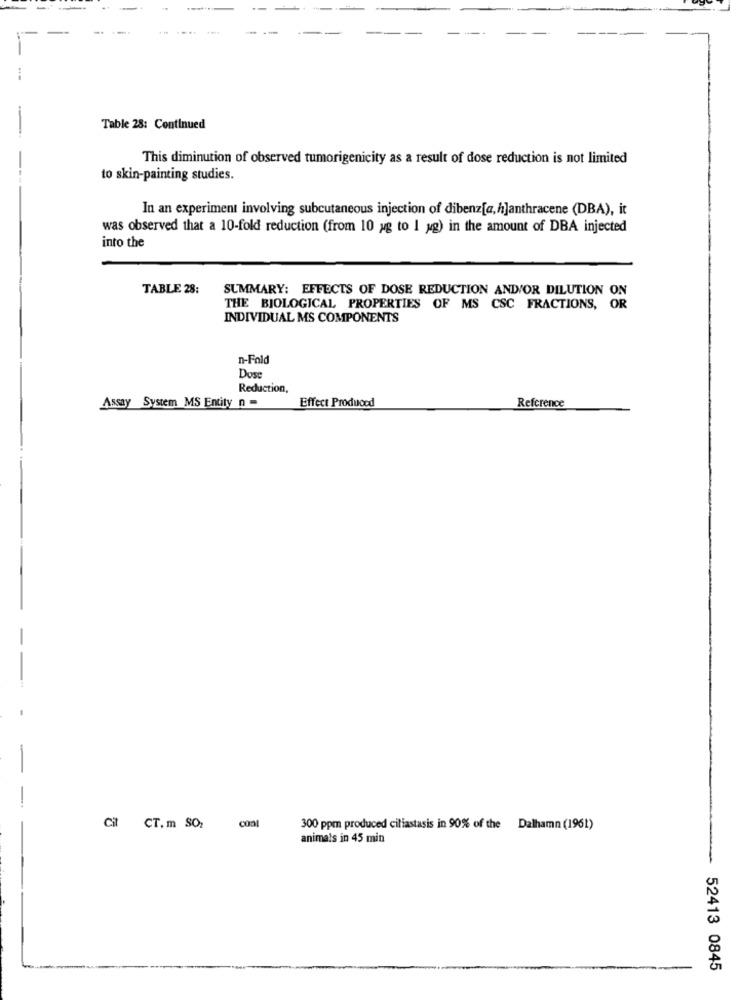
--
Table 28: Continued
This diminution of observed tumorigenicity as a result of dose reduction is not limited
to skin-painting studies.
In an experiment involving subcutaneous injection of dibenz[a,h]anthracene (DBA), it
was observed that a 10-fold reduction (from 10 ug to 1 g) in the amount of DBA injected
into the
TABLE 28:
SUMMARY: EFFECTS OF DOSE REDUCTION ANDVOR DILUTION ON
THE BIOLOGICAL PROPERTIES OF MS CSC FRACTIONS, OR
INDIVIDUAL MS COMPONENTS
n-Fold
Dose
Reduction,
Effect Produced
Reference
Assay System MS Entity_n =
Cit CT.m SO
300 ppm produced ciliastasis in 90% of the Dalhamn (1961)
animals in 45 min
52413 0845